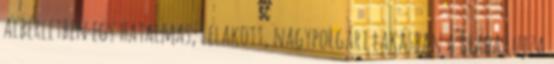
albérletben egy hatalmas, lelakott, nagypolgári lakásban a Blaha Lujza